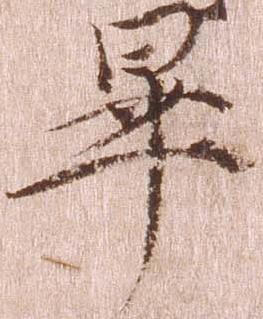
畢